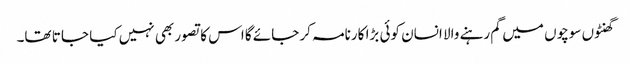
گھنٹوں سوچوں میں گم رہنے والا انسان کوئی بڑا کارنامہ کر جائے گا اس کا تصور بھی نہیں کیا جا تا تھا۔